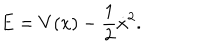
LaTeX: E = V ( x ) - \frac { 1 } { 2 } \dot { x } ^ { 2 } .